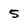
Character: 5